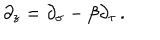
LaTeX: \partial _ { z } = \partial _ { \sigma } - \beta \partial _ { \tau } \, .